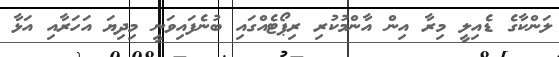
ލަންކާގެ ޑެއިލީ މިރާ އިން އާންމުކުރި ރިޕޯޓެއްގައި ބުނެފައިވަނީ މިދިޔަ އަހަރާއި އަޅާ